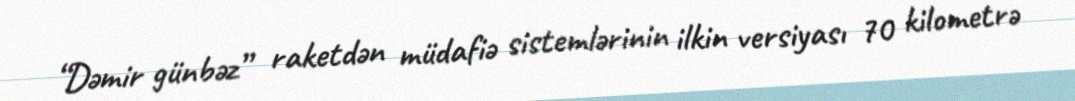
“Dəmir günbəz” raketdən müdafiə sistemlərinin ilkin versiyası 70 kilometrə